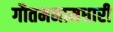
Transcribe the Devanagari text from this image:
गौतमनामधारी